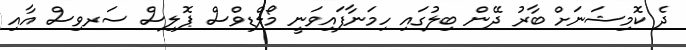
ދެ ކޮމިޝަނަށް ބާރު ދޭން ބިލުގައި ހިމަނާފައިވަނީ މޯލްޑިވްސް ޕޮލިސް ސަރވިސް އާއި